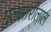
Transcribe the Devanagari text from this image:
गुलझारीलाल